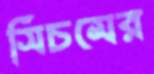
সিচমের